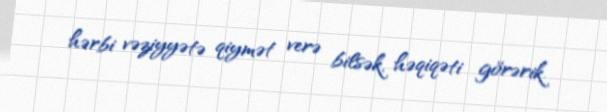
hərbi vəziyyətə qiymət verə bilsək, həqiqəti görərik.